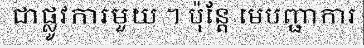
ជាផ្លូវការមួយ ។ ប៉ុន្តែ មេបញ្ជាការ